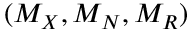
( M _ { X } , M _ { N } , M _ { R } )